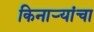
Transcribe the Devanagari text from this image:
किनाऱ्‍यांचा